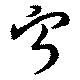
寧